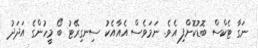
ނަގާ ޓެކްސް ބޮޑުކޮށްފި އެވެ. ނަމަވެސް އެއާއެކު ސިނގިރޭޓު ބޯ މީހުންގެ އަދަދު